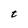
Character: t